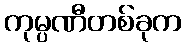
ကုမ္ပဏီတစ်ခုက